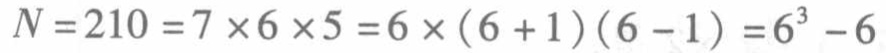
$N = 210=7\times6\times5 = 6\times(6 + 1)(6 - 1)=6^{3}-6$